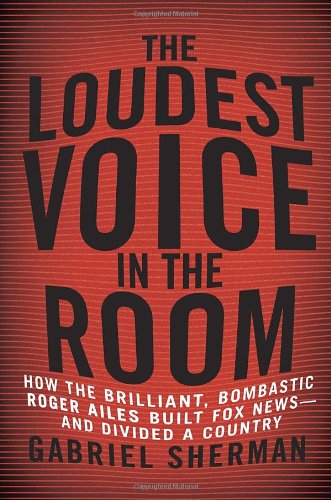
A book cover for The Loudest Voice in the Room: How the Brilliant, Bombastic Roger Ailes Built Fox News--and Divided a Country; Gabriel Sherman; Business & Money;